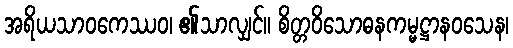
အရိယသာဝကေဿဝ၊ ၏သာလျှင်။ စိတ္တဝိသောဓနကမ္မဋ္ဌာနဝသေန၊